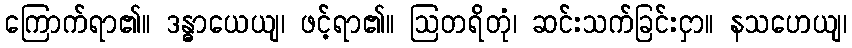
ကြောက်ရာ၏။ ဒန္ဓာယေယျ၊ ဖင့်ရာ၏။ ဩတရိတုံ၊ ဆင်းသက်ခြင်းငှာ။ နသဟေယျ၊